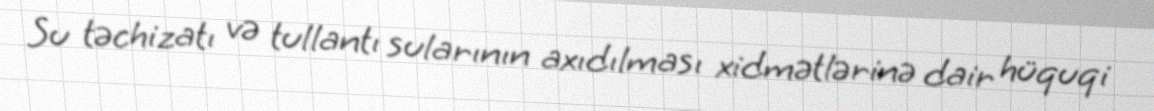
Su təchizatı və tullantı sularının axıdılması xidmətlərinə dair hüquqi